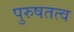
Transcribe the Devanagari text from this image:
पुरुषतत्व